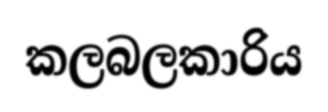
කලබලකාරිය